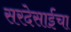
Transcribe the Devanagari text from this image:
सरदेसाईंचा